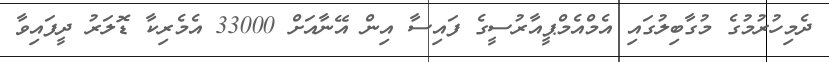
ދެމިހުރުމުގެ މުގާބިލުގައި އެމްއެމްޕީއާރުސީގެ ފައިސާ އިން އޭނާއަށް 33000 އެމެރިކާ ޑޮލަރު ދީފައިވާ